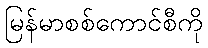
မြန်မာစစ်ကောင်စီကို